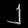
Digit: ၂